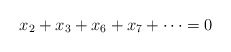
\begin{align*}x_2+x_3+x_6+x_7+\cdots =0\end{align*}